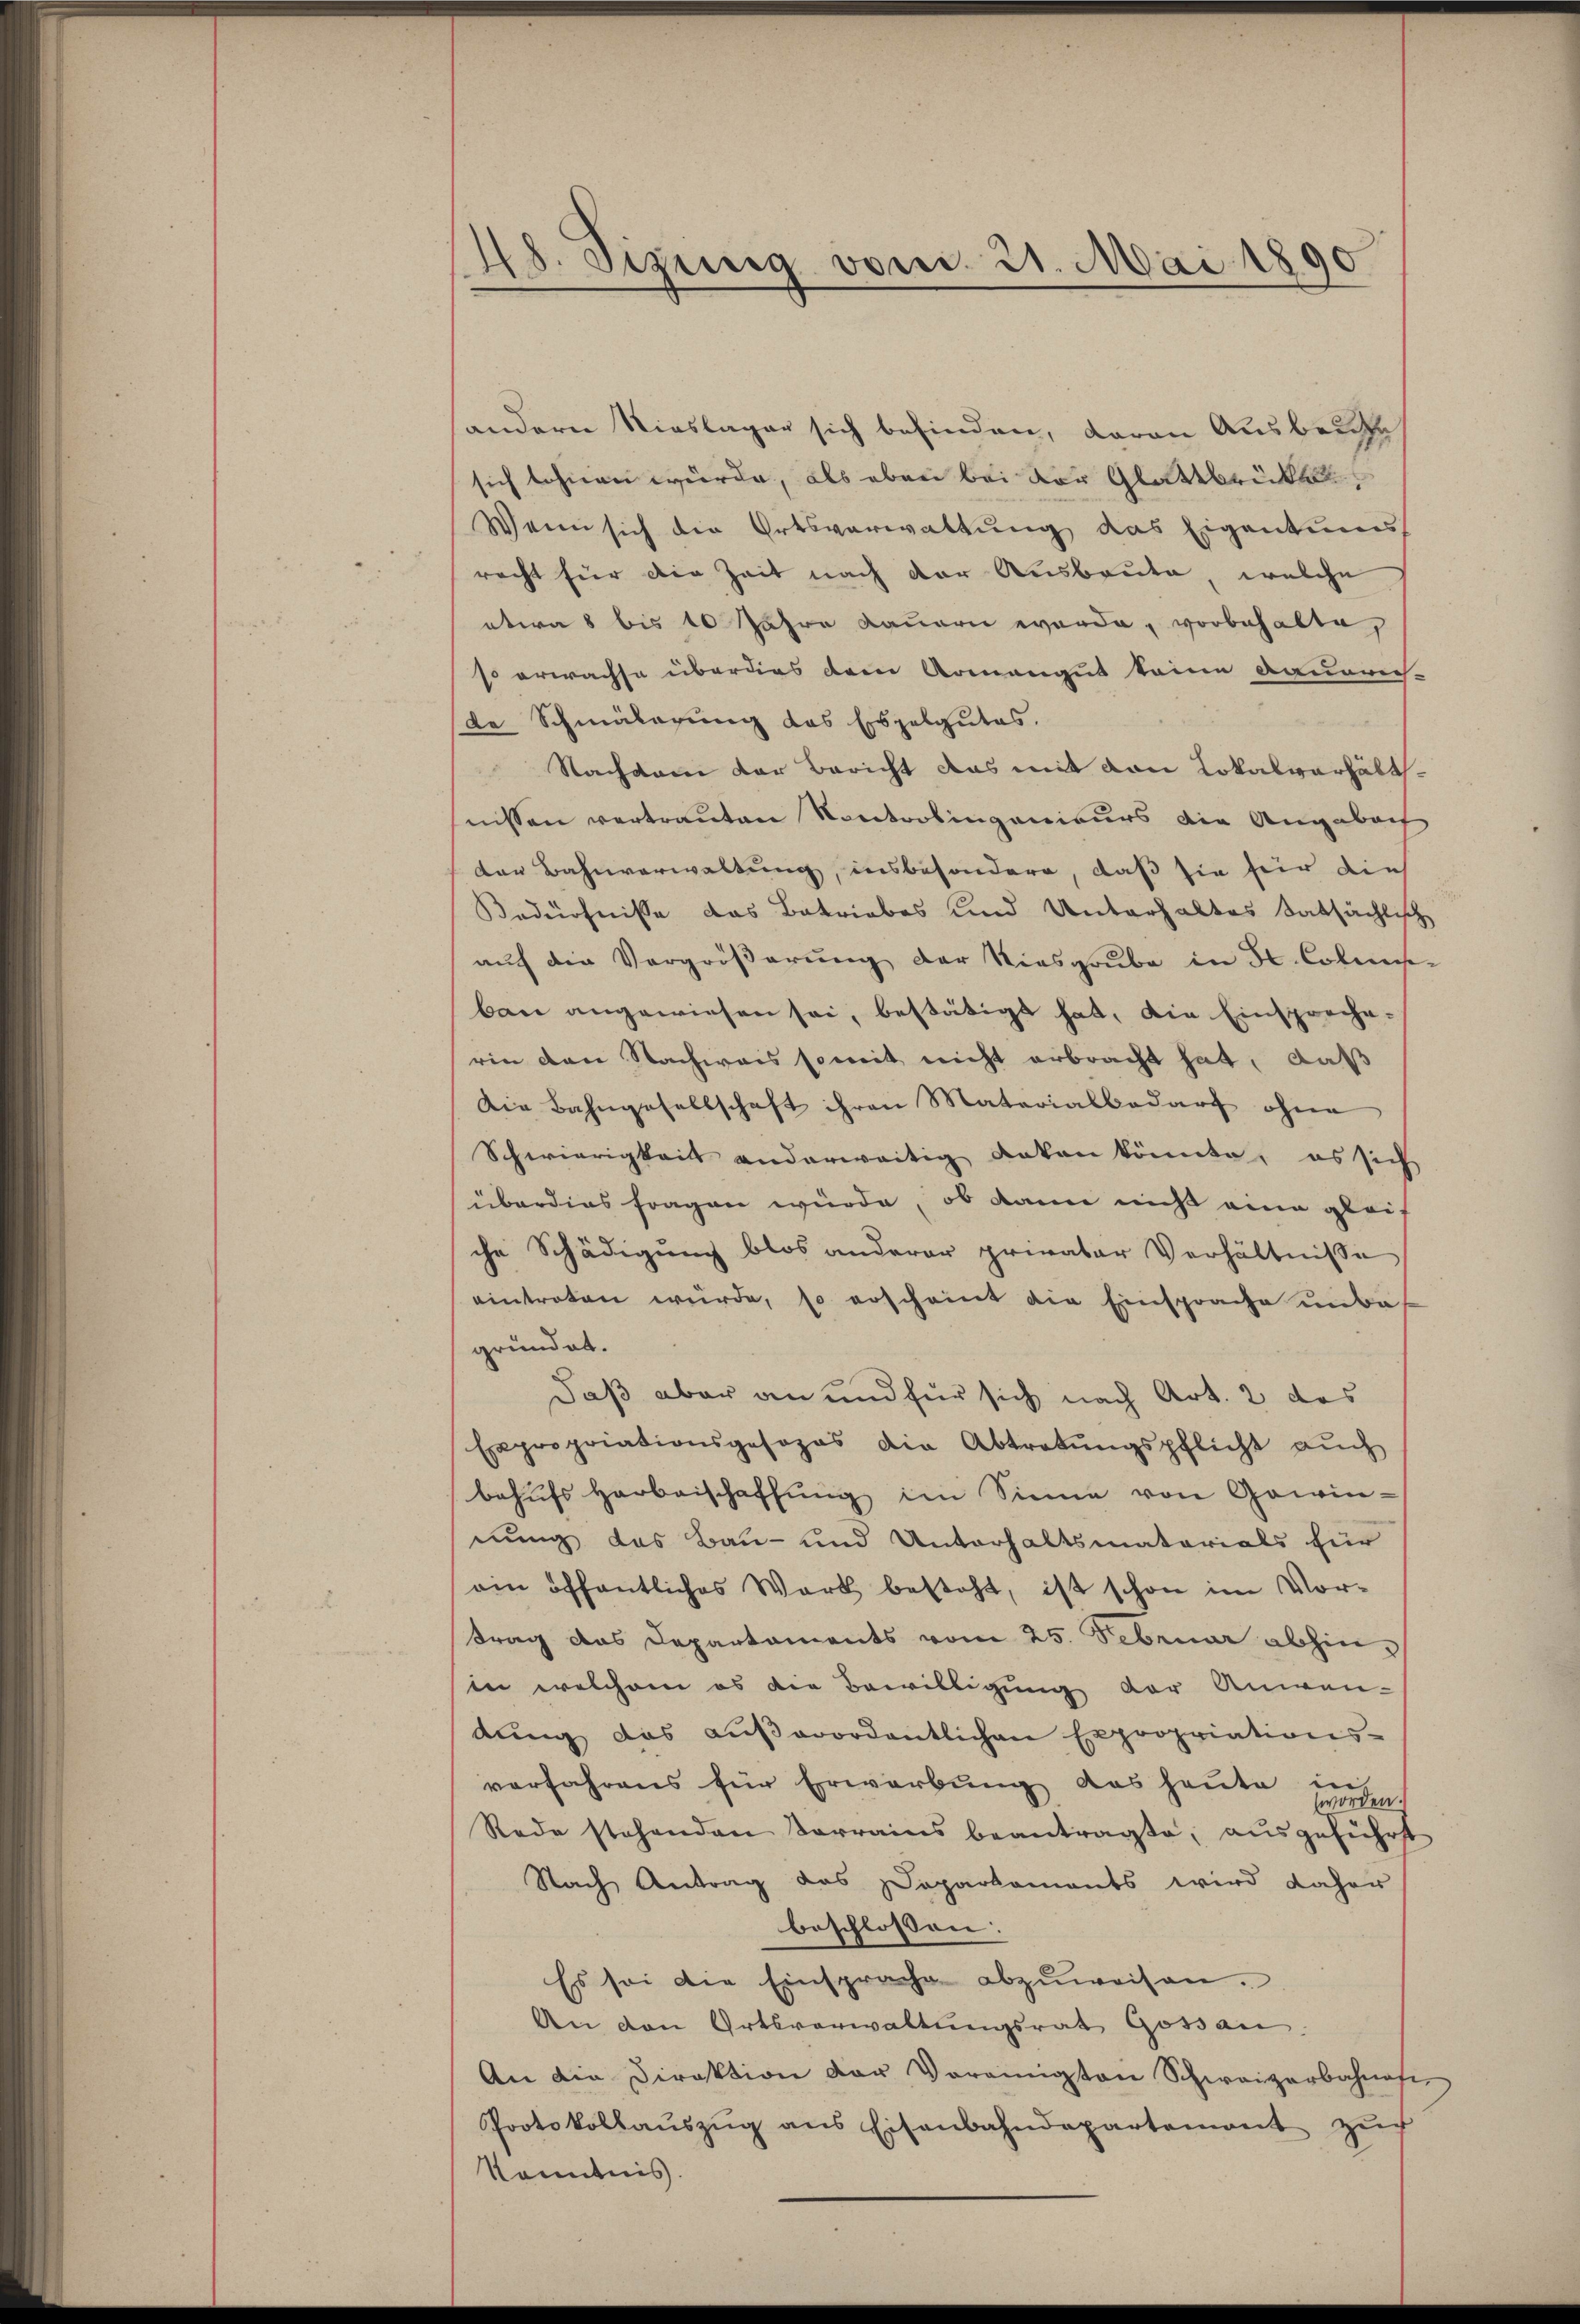
48. Sizung vom 21. Mai 1890

andern Rieslager sich befinden, daran Ausbruche
sich lohnen würde, als eben bei vor Glattbrückl
Wenn sich die Ortsverwaltung das Eigentums
racht für die Zeit nach der Ausbaute, welche
etwa 8 bis 10 Jahre Dauern evarde, vorbehalte,
so erwachse überdies dem Armengut keine Daueres-
de Schmälerung das Erspalgutes.
Nachten der Bericht das mit von Lokalverhältnissen vertrauten Kontrolingenieurs die Angebach
den Bahnverwaltung, insbesondere, daß sie für dies
Bedürfnisse das Betriebes und Unterhaltes tatsächlisch
auf die Vergrößerung der Kiesgrube in St. Colmsban angewiesen sei, bestätigt hat, die Einspreche-
rin den Nachweis soweit nicht erbracht hat, daß
Die Bahngesellschaft ihren Materialbedarf ohne
Schwierigkeit anderweitig deken könnte, es sich
überdies fragen würde, ob dann nicht eine gleich
che Schädigung blos anderer privatar Verhältnisse
eintreten würde, so erscheint die Einsprache unda
gründet.
Daß aber an und für sich nach Art. 2 des
Expropriationsgesopas die Abtretŭngspflicht aŭch
behufs Herbeischaffung im Sinne von Gawin-
nung das Bau- und Unterhaltsmatorials für
ein öffentliches Wark besteht, ist schon im Vor-
trag das Departaments vom 25. Februar abhin,
ter welchem es der Bewilligung der Anwen-
dŭng das aŭβerordentlichen Expropriations-
verfahrens für Erwerbung das heute in
wo
den.
Rede stehenden Vorrains beantragte, ausgeführt
Nach Antrag das Daparkaments wird daher
beschlossen:
Es sei die Einsprache abzuweisen.
An den Ortsverwaltŭngsrat Gossan
An die Direktion der Vereinigten Schweizerbahnafer
Protokollaŭszŭg ans Eisenbahndepartement zŭr
Kenntnis.